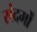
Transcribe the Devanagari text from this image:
संदर्मों